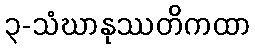
၃-သံဃာနုဿတိကထာ